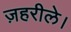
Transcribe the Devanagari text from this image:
ज़हरीले।